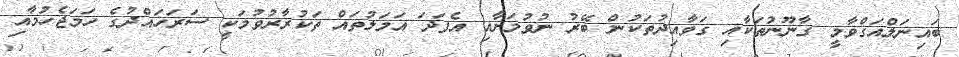
ބައިނަލްއަގްވާމީ ގާނޫނުތަކާއި ގަވާއިދުތަކުން ބޭރު ނުވުމަށާއި އެފަދަ އަމަލުތައް ތަކުރާރުވުމަކީ ސަރަހައްދުގެ ހަމަޖެހުމާއި